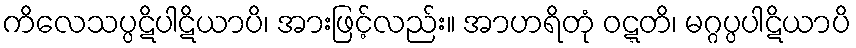
ကိလေသပ္ပဋိပါဋိယာပိ၊ အားဖြင့်လည်း။ အာဟရိတုံ ဝဋ္ဋတိ၊ မဂ္ဂပ္ပပါဋိယာပိ